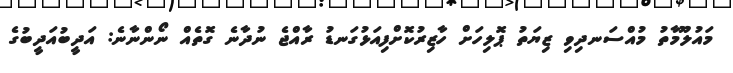
މައުލޫމާތު މުއްސަނދިވި ޒިޔަތުު ޕޮލިހަށް ހާޒިރުކޮށްފިއަޅުގަނޑު ރާއްޖެ ނުދާނެ ގޮތެއް ނޯންނާނެ: އަދީބުއަދީބުގެ